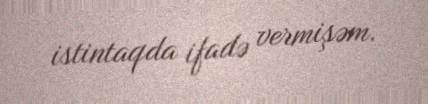
istintaqda ifadə vermişəm.